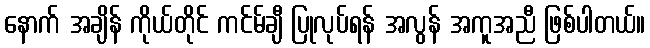
နောက် အချိန် ကိုယ်တိုင် ကင်မ်ချီ ပြုလုပ်ရန် အလွန် အကူအညီ ဖြစ်ပါတယ်။